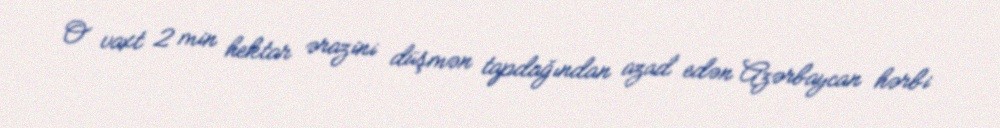
O vaxt 2 min hektar ərazini düşmən tapdağından azad edən Azərbaycan hərbi